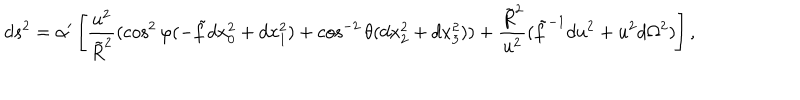
d s ^ { 2 } = \alpha ^ { \prime } \left[ \frac { u ^ { 2 } } { \tilde { R } ^ { 2 } } ( \cos ^ { 2 } \varphi ( - \tilde { f } d x _ { 0 } ^ { 2 } + d x _ { 1 } ^ { 2 } ) + \cos ^ { - 2 } \theta ( d x _ { 2 } ^ { 2 } + d x _ { 3 } ^ { 2 } ) ) + \frac { \tilde { R } ^ { 2 } } { u ^ { 2 } } ( \tilde { f } ^ { - 1 } d u ^ { 2 } + u ^ { 2 } d \Omega ^ { 2 } ) \right] ,